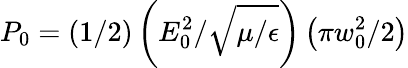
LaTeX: P_{0}=(1/2)\left(E_{0}^{2}/\sqrt{\mu/\epsilon}\right)\left(\pi w_{0}^{2}/2\right)